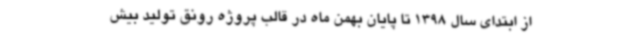
از ابتدای سال 1398 تا پایان بهمن ماه در قالب پروژه رونق تولید بیش